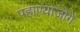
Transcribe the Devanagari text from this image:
पहाण्याजोगे